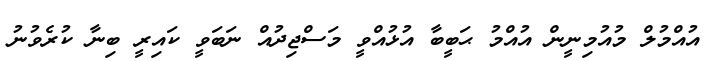
އުއްމުލް މުއުމިނީން އުއްމު ޙަބީބާ އުޅުއްވީ މަސްޖިދުއް ނަބަވީ ކައިރީ ބިނާ ކުރެވުނު